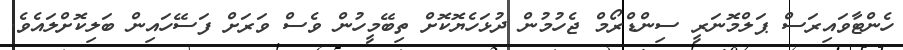
ހެންޓާވައިރަސް ޕަލްމޮނަރީ ސިންޑްރޯމް ޖެހުމުން ދުޅަހެޔޮކޮށް ތިބޭމީހުން ވެސް ވަރަށް ފަސޭހައިން ބަލިކޮށްލައެވެ.